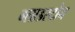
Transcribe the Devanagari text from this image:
ग्लाडस्टोन